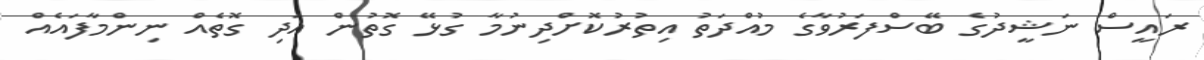
ރައީސް ނަޝީދުގެ ބޭސްފަރުވާގެ މުއްދަތު އިތުރުކޮށްދިނުމާ ގުޅޭ ގޮތުން އަދި ގޮތެއް ނިންމާފައެއް